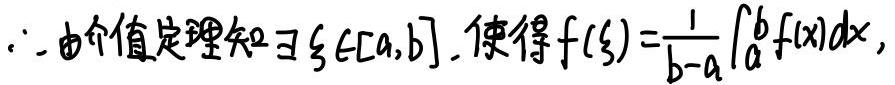
$\therefore$ 由介值定理知 $\exists \xi \in [a,b]$, 使得 $f(\xi)=\frac{1}{b - a}\int_{a}^{b}f(x)dx$,